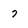
Character: 7